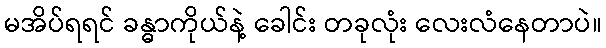
မအိပ်ရရင် ခန္ဓာကိုယ်နဲ့ ခေါင်း တခုလုံး လေးလံနေတာပဲ။